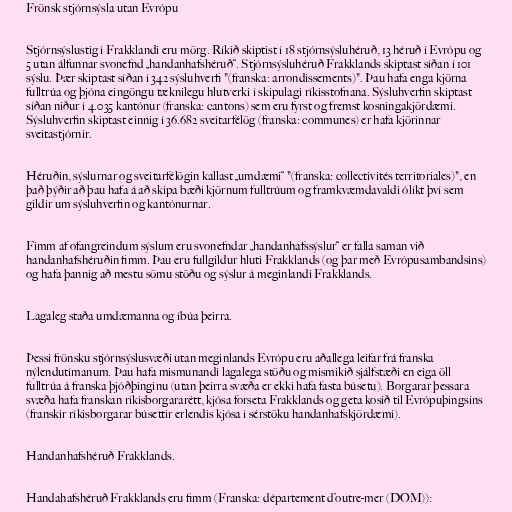
Frönsk stjórnsýsla utan Evrópu

Stjórnsýslustig í Frakklandi eru mörg. Ríkið skiptist í 18 stjórnsýsluhéruð, 13 héruð í Evrópu og
5 utan álfunnar svonefnd „handanhafshéruð“. Stjórnsýsluhéruð Frakklands skiptast síðan í 101
sýslu. Þær skiptast síðan í 342 sýsluhverfi "(franska: arrondissements)". Þau hafa enga kjörna
fulltrúa og þjóna eingöngu tæknilegu hlutverki í skipulagi ríkisstofnana. Sýsluhverfin skiptast
síðan niður í 4.035 kantónur (franska: cantons) sem eru fyrst og fremst kosningakjördæmi.
Sýsluhverfin skiptast einnig í 36.682 sveitarfélög (franska: communes) er hafa kjörinnar
sveitastjórnir.

Héruðin, sýslurnar og sveitarfélögin kallast „umdæmi“ "(franska: collectivités territoriales)", en
það þýðir að þau hafa á að skipa bæði kjörnum fulltrúum og framkvæmdavaldi ólíkt því sem
gildir um sýsluhverfin og kantónurnar.

Fimm af ofangreindum sýslum eru svonefndar „handanhafssýslur“ er falla saman við
handanhafshéruðin fimm. Þau eru fullgildur hluti Frakklands (og þar með Evrópusambandsins)
og hafa þannig að mestu sömu stöðu og sýslur á meginlandi Frakklands.

Lagaleg staða umdæmanna og íbúa þeirra.

Þessi frönsku stjórnsýslusvæði utan meginlands Evrópu eru aðallega leifar frá franska
nýlendutímanum. Þau hafa mismunandi lagalega stöðu og mismikið sjálfstæði en eiga öll
fulltrúa á franska þjóðþinginu (utan þeirra svæða er ekki hafa fasta búsetu). Borgarar þessara
svæða hafa franskan ríkisborgararétt, kjósa forseta Frakklands og geta kosið til Evrópuþingsins
(franskir ríkisborgarar búsettir erlendis kjósa í sérstöku handanhafskjördæmi).

Handanhafshéruð Frakklands.

Handahafshéruð Frakklands eru fimm (Franska: département d’outre-mer (DOM)):